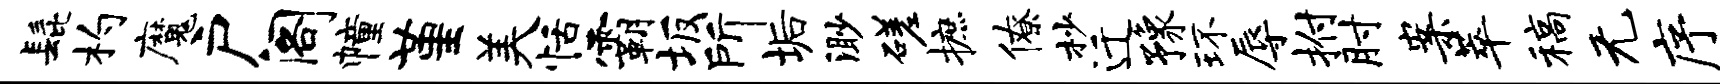
髭杓魔户阁幢堇美恬霸坂所垢渺磋摭僚杪迁豫环辱拊肘案萃稿无序